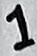
Text: 1